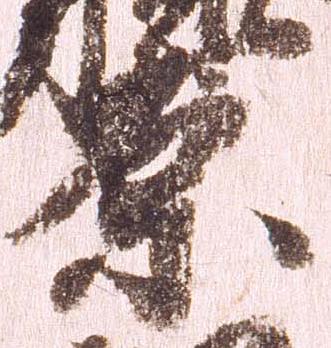
腹